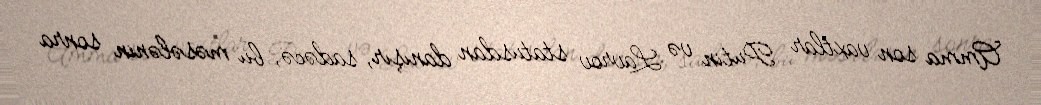
Amma son vaxtlar Putin və Lavrov statusdan danışır, sadəcə, bu məsələnin sonra